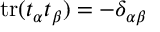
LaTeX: \mathop { \mathrm { t r } } ( t _ { \alpha } t _ { \beta } ) = - \delta _ { \alpha \beta }